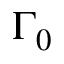
\Gamma _ { 0 }